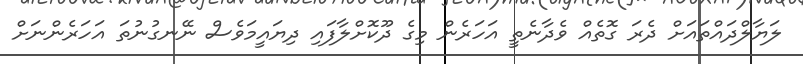
ލަޔާލްދައްތައަށް ދެރަ ގޮތެއް ވެދާނެތީ އަހަރެން މިގެ ދޫކޮށްލާފައި ދިޔައީމަވެސް ނޭނގުނުތަ އަހަރެންނަށް